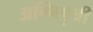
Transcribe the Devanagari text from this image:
अग्निपुत्री